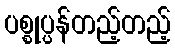
ပစ္စုပ္ပန်တည့်တည့်